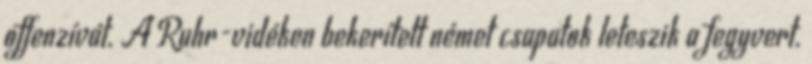
offenzívát. A Ruhr-vidéken bekerített német csapatok leteszik a fegyvert.